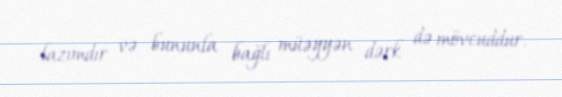
lazımdır və bununla bağlı müəyyən dərk də mövcuddur.